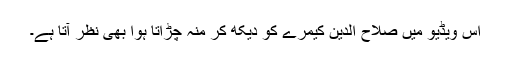
اس ویڈیو میں صلاح الدین کیمرے کو دیکھ کر منہ چڑاتا ہوا بھی نظر آتا ہے۔